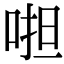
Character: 𠵆